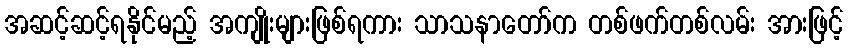
အဆင့်ဆင့်ရနိုင်မည့် အကျိုးများဖြစ်ရကား သာသနာတော်က တစ်ဖက်တစ်လမ်း အားဖြင့်